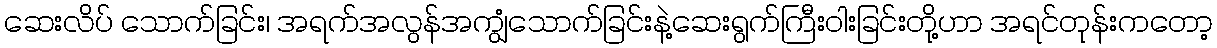
ဆေးလိပ် သောက်ခြင်း၊ အရက်အလွန်အကျွံသောက်ခြင်းနဲ့ဆေးရွက်ကြီးဝါးခြင်းတို့ဟာ အရင်တုန်းကတော့